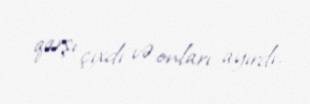
qarşı çıxdı və onları ayırdı.